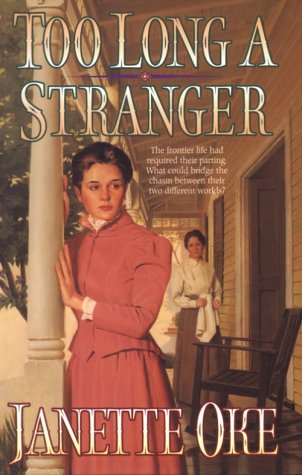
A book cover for Too Long a Stranger (Women of the West, Book 9); Janette Oke; Religion & Spirituality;